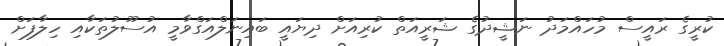
ކުރީގެ ރައީސް މުހައްމަދު ނަޝީދުގެ ޝަރީއަތް ކުރިއަށް ދިޔައީ ބައިނަލްއަގްވާމީ އުސޫލުތަކާއި ހިލާފަށް